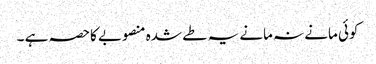
کوئی مانے نہ مانے یہ طے شدہ منصوبے کاحصہ ہے ۔